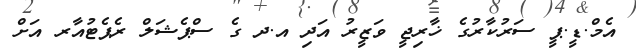
އެމް.ޑީ.ޕީ ސަރުކާރުގެ ޚާރިޖީ ވަޒީރު އަދި އ.ދ ގެ ސްޕެޝަލް ރެޕެޓުއާރ އަށް